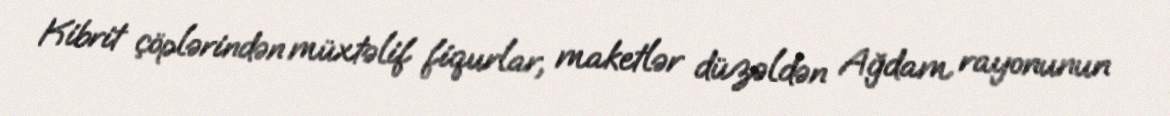
Kibrit çöplərindən müxtəlif fiqurlar, maketlər düzəldən Ağdam rayonunun